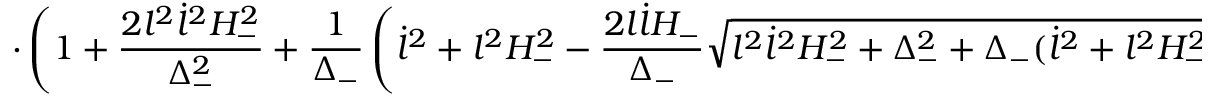
\cdot \left( 1 + \frac { 2 l ^ { 2 } \dot { l } ^ { 2 } H _ { - } ^ { 2 } } { \Delta _ { - } ^ { 2 } } + \frac { 1 } { \Delta _ { - } } \left( \dot { l } ^ { 2 } + l ^ { 2 } H _ { - } ^ { 2 } - \frac { 2 l \dot { l } H _ { - } } { \Delta _ { - } } \sqrt { l ^ { 2 } \dot { l } ^ { 2 } H _ { - } ^ { 2 } + \Delta _ { - } ^ { 2 } + \Delta _ { - } ( \dot { l } ^ { 2 } + l ^ { 2 } H _ { - } ^ { 2 } ) } \right) \right) \Bigr \}